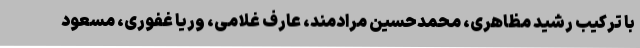
با ترکیب رشید مظاهری، محمدحسین مرادمند، عارف غلامی، وریا غفوری، مسعود